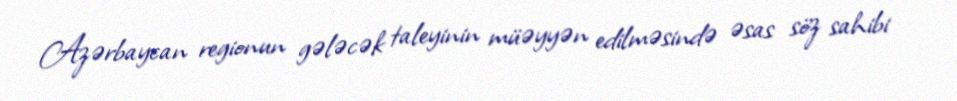
Azərbaycan regionun gələcək taleyinin müəyyən edilməsində əsas söz sahibi